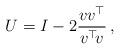
LaTeX: \begin{align*}U =I-2 \frac{v v^\top}{v^\top\!v} \,,\end{align*}